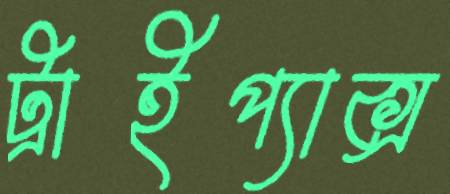
ট্রাইপ্যাক্স